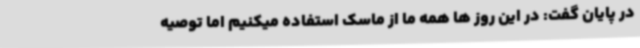
در پایان گفت: در این روز ها همه ما از ماسک استفاده میکنیم اما توصیه